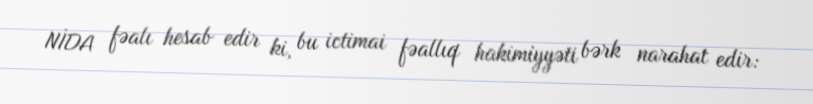
NİDA fəalı hesab edir ki, bu ictimai fəallıq hakimiyyəti bərk narahat edir: